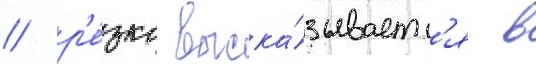
/ р'е́зко выска́зываетс'я в